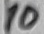
Text: 10